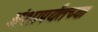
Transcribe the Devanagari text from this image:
अंशापर्यंतच्या